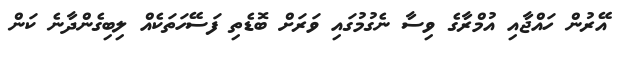
އޭރުން ހައްޖާއި އުމްރާގެ ވިސާ ނެގުމުގައި ވަރަށް ބޮޑެތި ފަސޭހަތަކެއް ލިބިގެންދާނެ ކަން